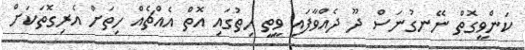
ކަންވީގޮތް ނޭނގުނަސް ދޫ ދެއްވާފައި ވީތީ ހިތުގައި އޮތް އެއްޗެއް ހިތަށް އެރިގޮތަކަށް